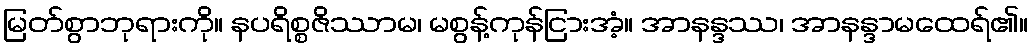
မြတ်စွာဘုရားကို။ နပရိစ္စဇိဿာမ၊ မစွန့်ကုန်ငြားအံ့။ အာနန္ဒဿ၊ အာနန္ဒာမထေရ်၏။